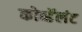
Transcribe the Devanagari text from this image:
कोव्हॅलंट